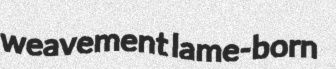
weavement lame-born